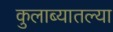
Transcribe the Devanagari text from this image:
कुलाब्यातल्या